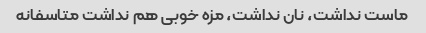
ماست نداشت، نان نداشت، مزه خوبی هم نداشت متاسفانه